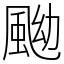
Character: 䬀